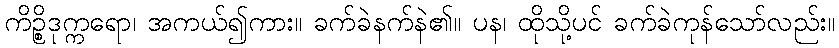
ကိဉ္စိဒုက္ကရော၊ အကယ်၍ကား။ ခက်ခဲနက်နဲ၏။ ပန၊ ထိုသို့ပင် ခက်ခဲကုန်သော်လည်း။